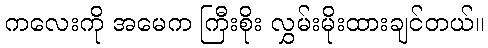
ကလေးကို အမေက ကြီးစိုး လွှမ်းမိုးထားချင်တယ်။